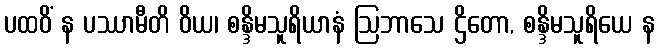
ပထဝိံ န ပဿာမီတိ ဝိယ၊ စန္ဒိမသူရိယာနံ ဩဘာသေ ဌိတော, စန္ဒိမသူရိယေ န